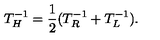
T _ { H } ^ { - 1 } = { \frac { 1 } { 2 } } ( T _ { R } ^ { - 1 } + T _ { L } ^ { - 1 } ) .